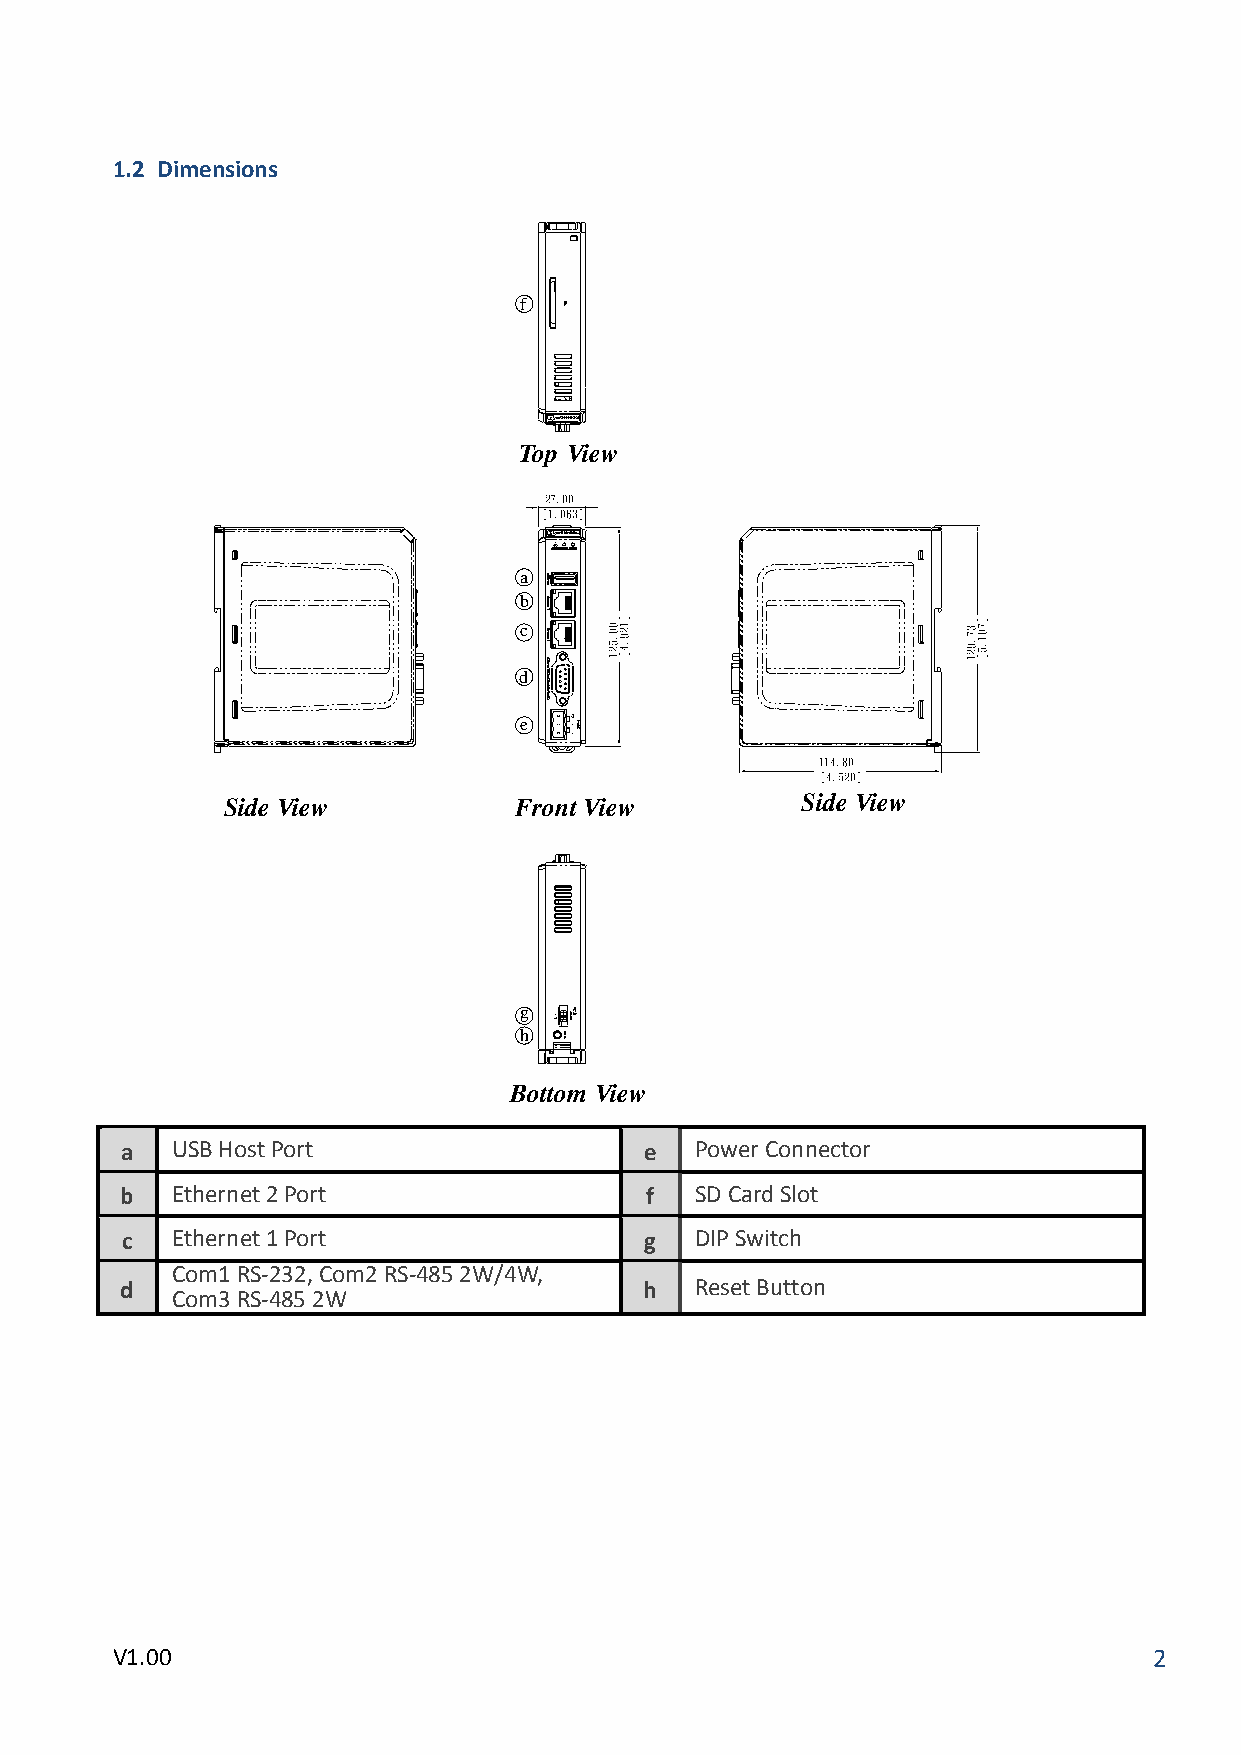
簡中版
 英文版
 1.2 Dimensions
 f
 f
 Top View
 27,00
 [1,063]
 27,00
 [1,063]
 a
 b                                 a
 dc 00,521]129,4[ 37,921]701,5[    cb
 00,521]129,4[           37,921]701,5[
 d
 e
 e
 114,80
 [4,520]
 114,80
 [4,520]
 Side View          FrontView          Side View
 g
 h                                 g
 h
 Bottom View
 a  USB Host Port                   e  Power Connector
 b  Ethernet 2 Port                 f  SD Card Slot
 c  Ethernet 1 Port                 g  DIP Switch
 Com1 RS-232, Com2 RS-485 2W/4W,
 d                                  h  Reset Button
 Com3 RS-485 2W
 V1.00                                                                2